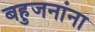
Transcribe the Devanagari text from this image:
बहुजनांना